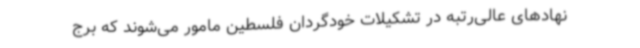
نهادهای عالی‌رتبه در تشکیلات خودگردان فلسطین مامور می‌شوند که برج